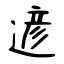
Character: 遃